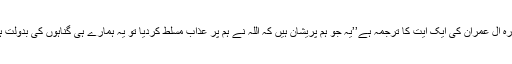
سورہ آل ِعمران کی ایک آیت کا ترجمہ ہے’’یہ جو ہم پریشان ہیں کہ اللہ نے ہم پر عذاب مسلط کردیا تو یہ ہمارے ہی گناہوں کی بدولت ہے۔